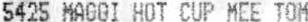
5425 MAGGI HOT CUP MEE TOM